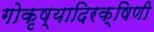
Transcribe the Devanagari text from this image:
गोकृष्यादिरक्षिणी